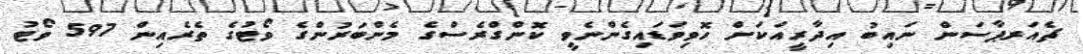
ޗެއަރޕާސަން ނައިބު އިދާރީއަކަށް ހޮވިވަޑައިގެންނެވީ ކޮންގްރެސްގެ މެންބަރުންގެ ވޯޓުގެ ތެރެއިން 597 ވޯޓު